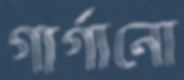
গার্গানো